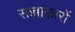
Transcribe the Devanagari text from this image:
सज्जाकारों